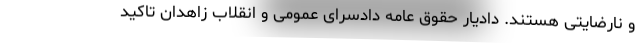
و نارضایتی هستند. دادیار حقوق عامه دادسرای عمومی و انقلاب زاهدان تاکید